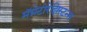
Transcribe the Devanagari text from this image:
मॅग्नेटोरेझिस्टन्स